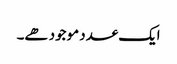
ایک عدد موجود ھے۔